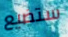
ستضيع